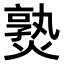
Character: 𤍨